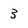
Character: 3